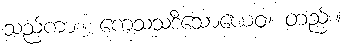
သည်ကား။ ကေသသဒိသောယေဝ၊ တည်း။